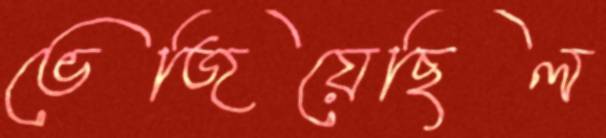
ভেজিয়েছিল